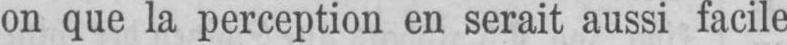
on que la perception en serait aussi facile